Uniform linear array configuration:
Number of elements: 24
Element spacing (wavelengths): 1
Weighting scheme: exponential
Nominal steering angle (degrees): -60
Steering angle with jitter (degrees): -58.873
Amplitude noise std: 0.05
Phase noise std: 0.05

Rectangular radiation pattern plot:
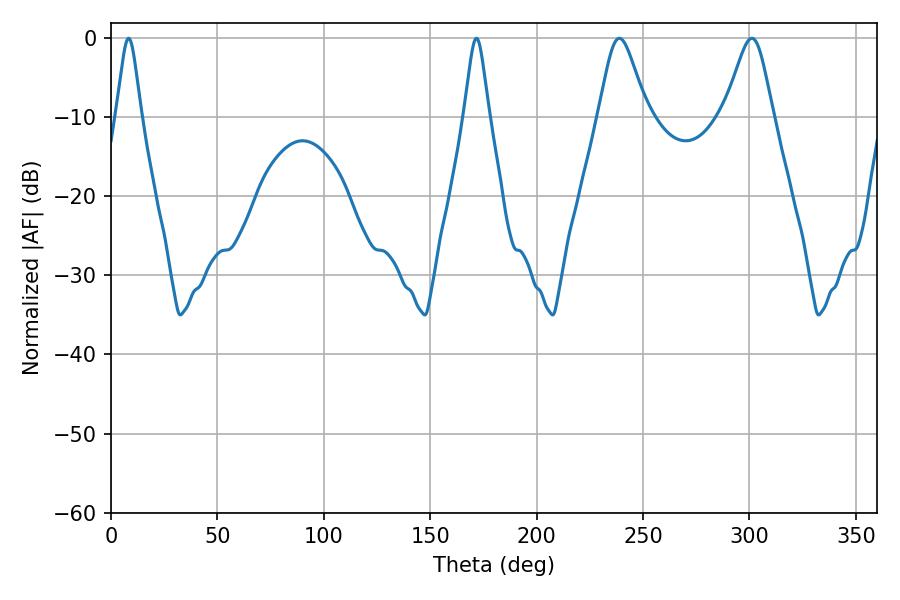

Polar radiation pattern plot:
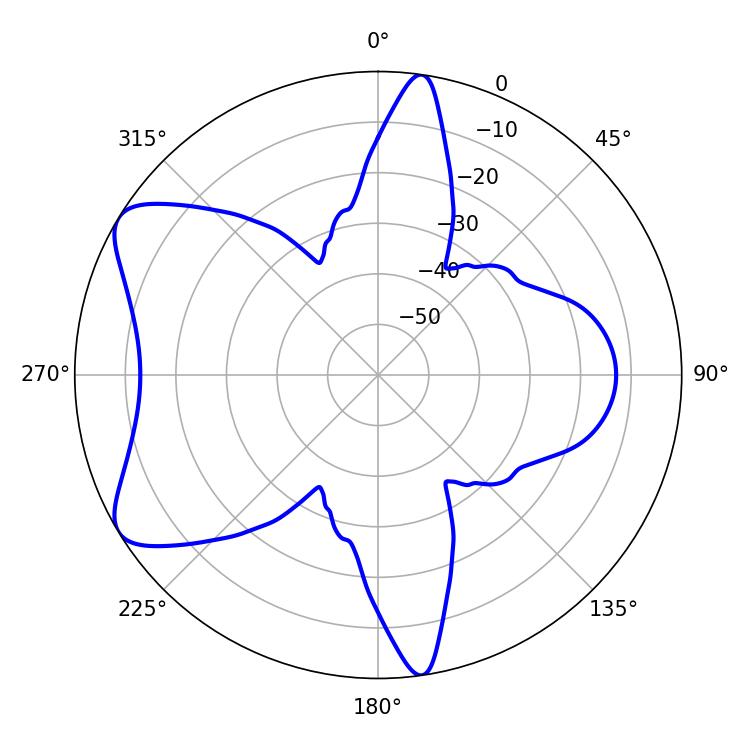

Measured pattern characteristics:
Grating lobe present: TRUE
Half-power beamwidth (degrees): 5.76
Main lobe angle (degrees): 8.28